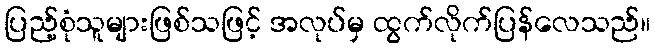
ပြည့်စုံသူများဖြစ်သဖြင့် အလုပ်မှ ထွက်လိုက်ပြန်လေသည်။